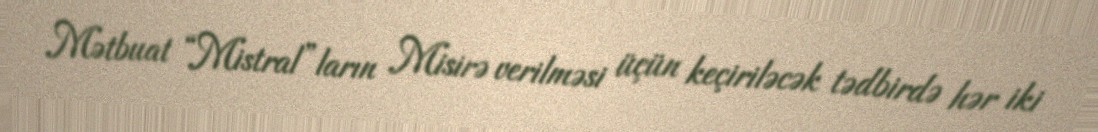
Mətbuat “Mistral”ların Misirə verilməsi üçün keçiriləcək tədbirdə hər iki